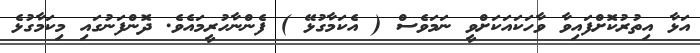
އަޅާ އިތުރުކޮށްފައިވާ ވާހަކައަކަށްވީ ނަމަވެސް ( އެކަމާގުޅޭ ) ފެންނާހުރީމައެވެ. ދޮންފަނުގައި މިކަމާގުޅެ